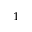
^ 1